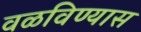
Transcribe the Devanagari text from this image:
वळविण्यास